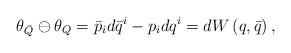
LaTeX: \begin{align*}\theta_{\bar{Q}}\ominus \theta_Q =\bar{p}_{i}d\bar{q}^{i}-p_{i}dq^{i}=dW\left( q,\bar{q}\right), \end{align*}